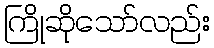
ကြိုဆိုသော်လည်း